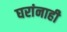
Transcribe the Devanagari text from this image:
घरांनाही